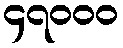
၄၇၀၀၀